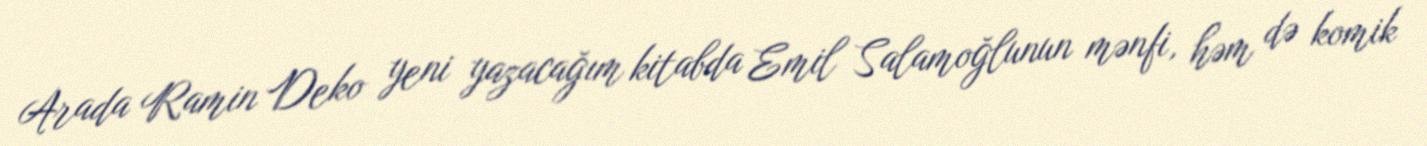
Arada Ramin Deko yeni yazacağım kitabda Emil Salamoğlunun mənfi, həm də komik